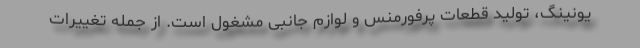
یونینگ، تولید قطعات پرفورمنس و لوازم جانبی مشغول است. از جمله تغییرات